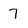
Character: 7